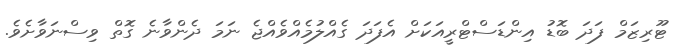
ޓޫރިޒަމް ފަދަ ބޮޑު އިންޑަސްޓްރީއަކަށް އެފަދަ ގެއްލުމެއްވެއްޖެ ނަމަ ދެންވާނެ ގޮތް ވިސްނަވާށެވެ.